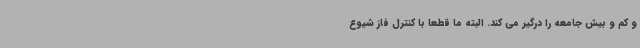
و کم و بیش جامعه را درگیر می کند. البته ما قطعا با کنترل فاز شیوع